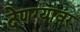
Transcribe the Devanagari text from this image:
देणग्यांवर